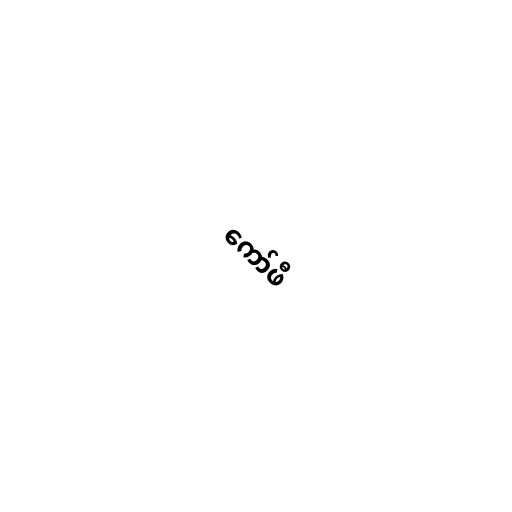
ကော်ဖီ